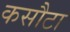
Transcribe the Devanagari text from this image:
कसौटा